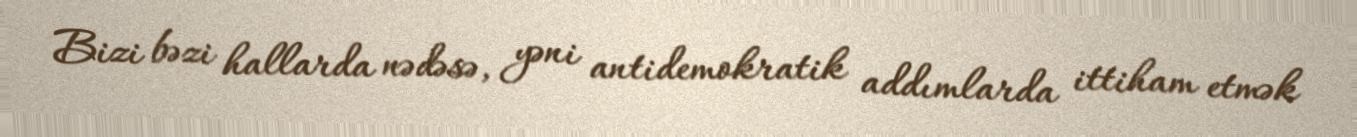
Bizi bəzi hallarda nədəsə, yəni antidemokratik addımlarda ittiham etmək